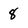
Character: 8